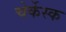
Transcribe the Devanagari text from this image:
चेर्केस्क